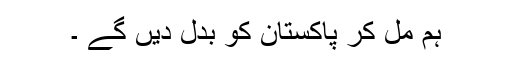
ہم مل کر پاکستان کو بدل دیں گے ۔